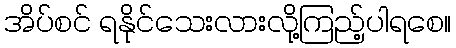
အိပ်စင် ရနိုင်သေးလားလို့ကြည့်ပါရစေ။